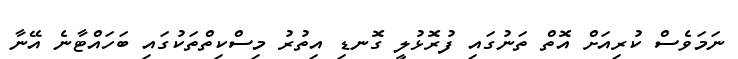
ނަމަވެސް ކުރިއަށް އޮތް ތަނުގައި ފުރޮޅުލީ ގޮނޑި އިތުރު މިސްކިތްތަކުގައި ބަހައްޓާނެ އޭނާ